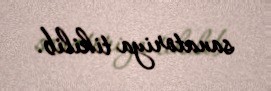
sanatoriya tikilib.